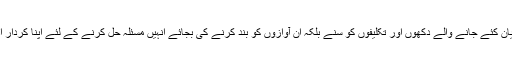
حکومت پنجاب نہ صرف لاہور میں بیان کئے جانے والے دکھوں اور تکلیفوں کو سنے بلکہ ان آوازوں کو بند کرنے کی بجائے انہیں مسئلہ حل کرنے کے لئے اپنا کردار ادا کرنے کے لئے استعمال بھی کرے۔